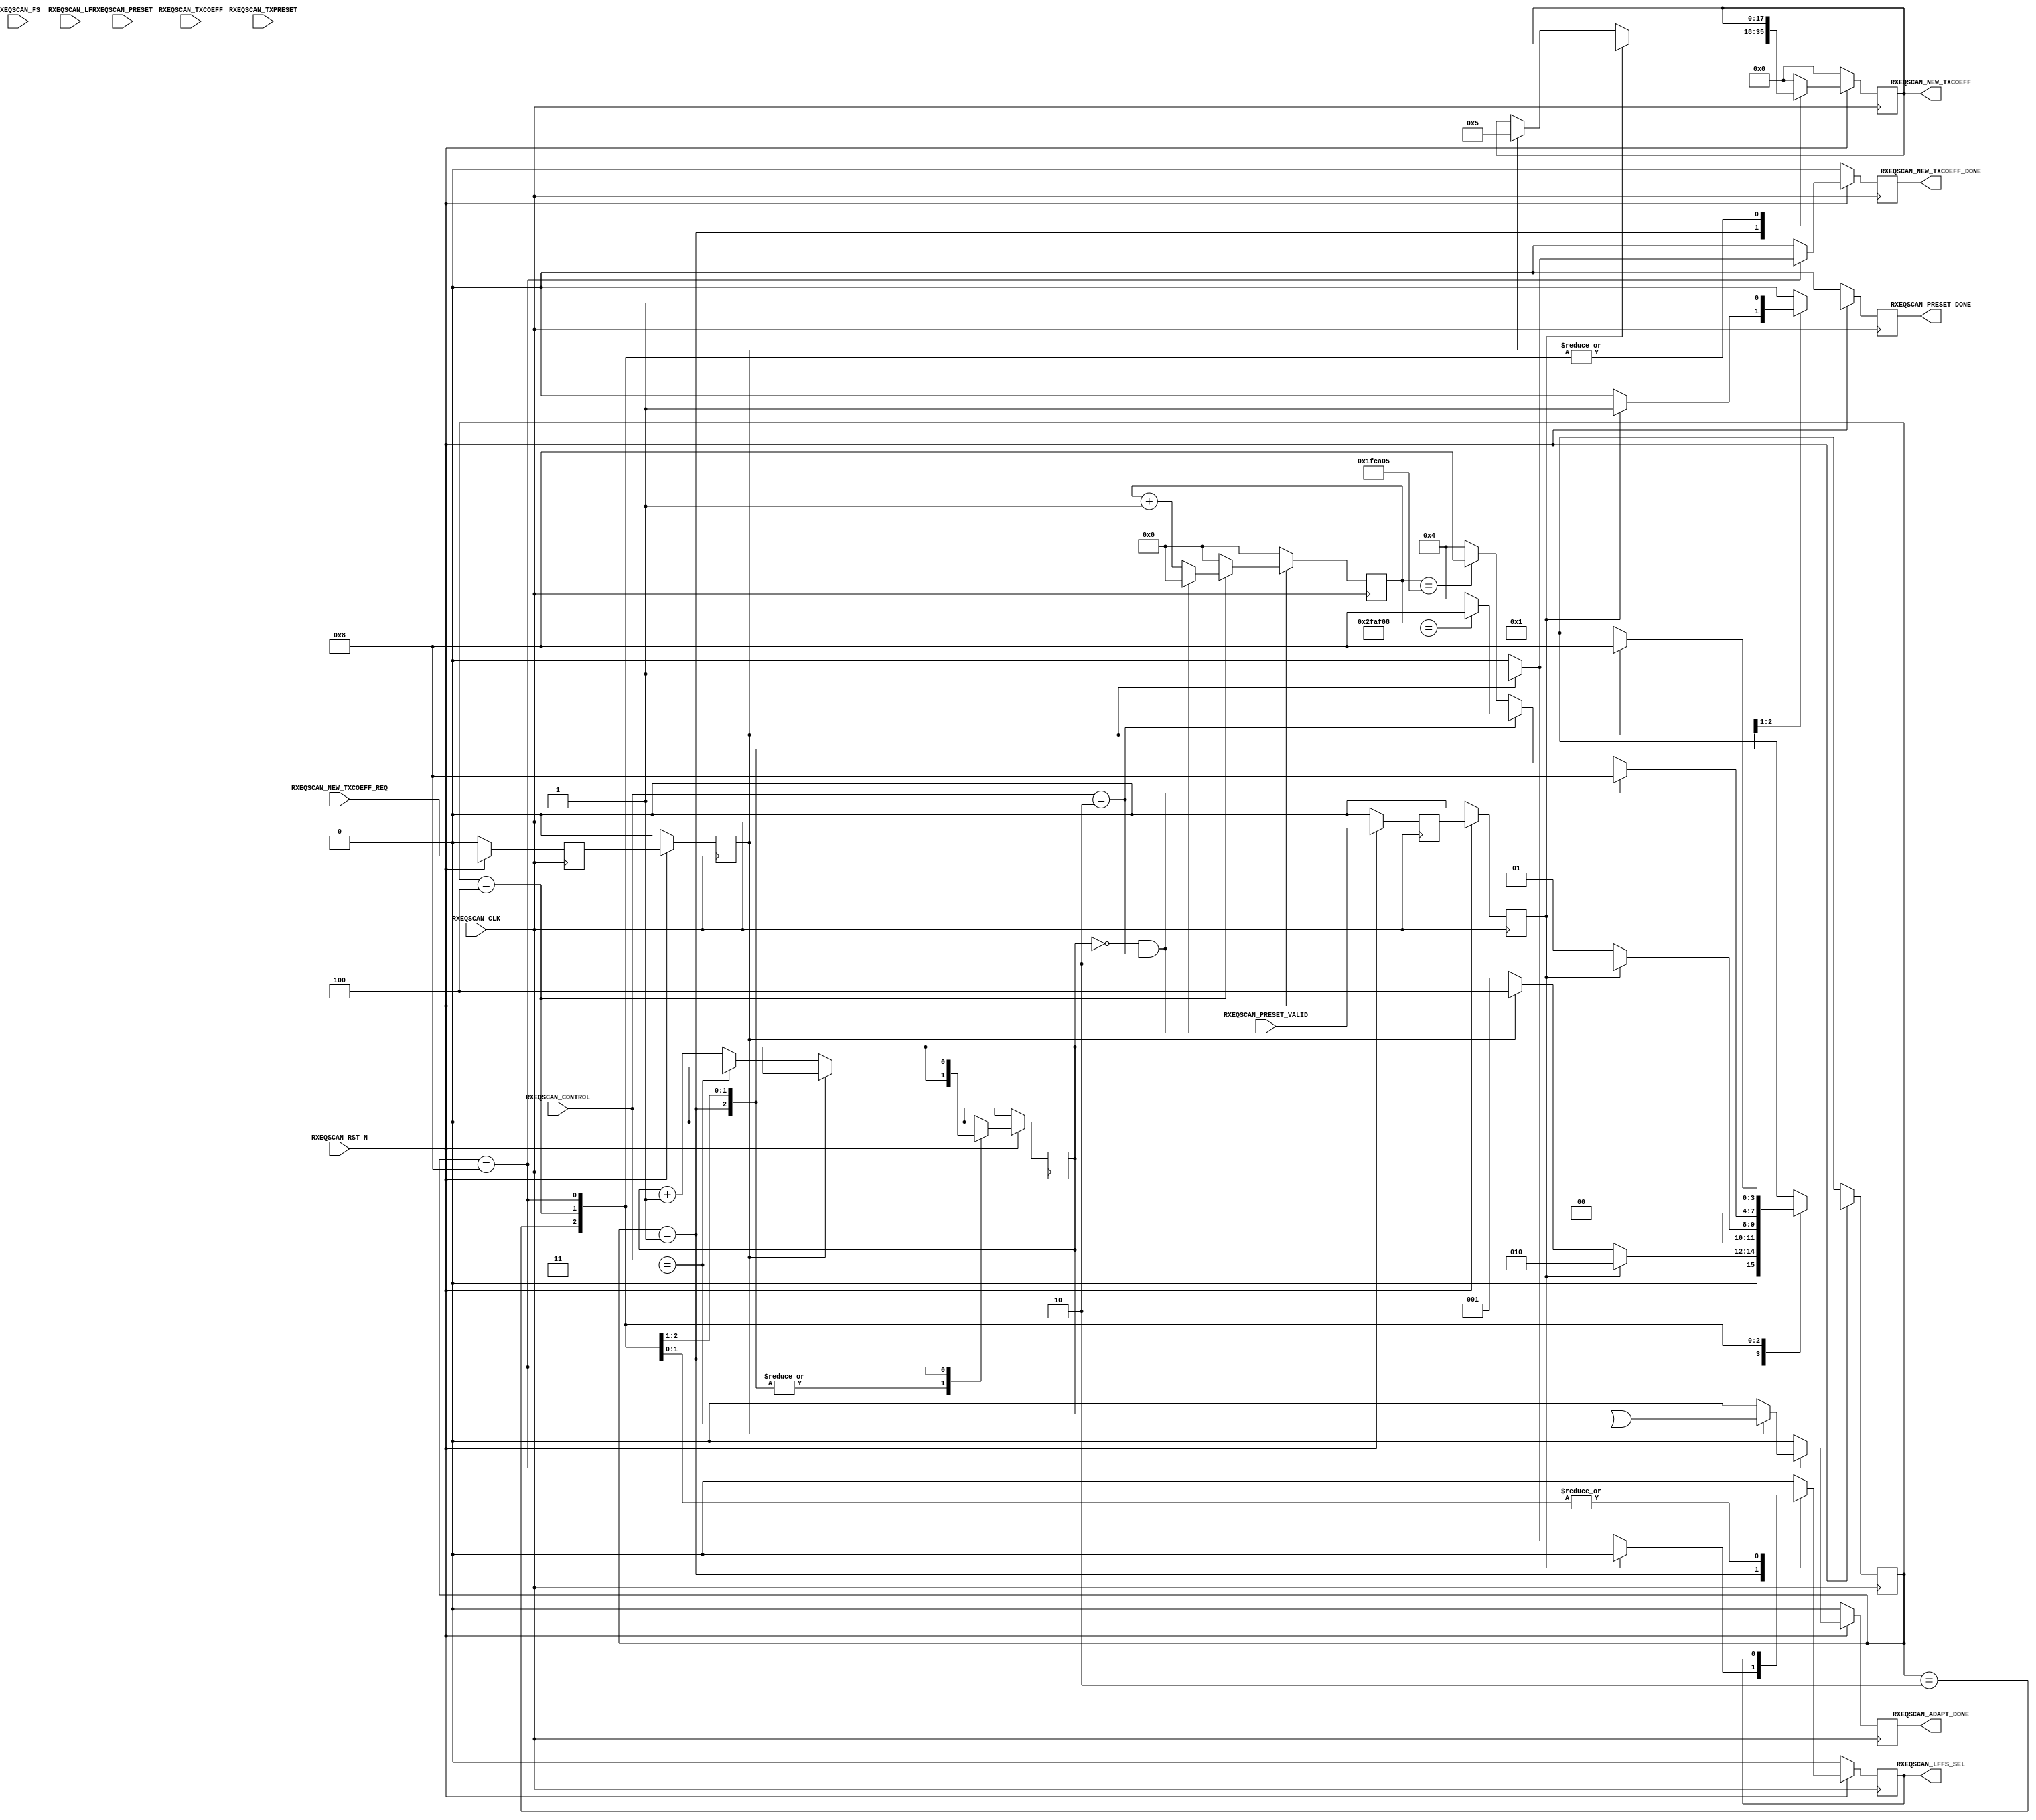
module PCIEBus_rxeq_scan #
(
    parameter PCIE_SIM_MODE       = "FALSE",                // PCIe sim mode
    parameter PCIE_GT_DEVICE      = "GTX",                  // PCIe GT device
    parameter PCIE_RXEQ_MODE_GEN3 = 1,                      // PCIe RX equalization mode
    parameter CONVERGE_MAX        = 22'd3125000,            // Convergence max count (12ms)
    parameter CONVERGE_MAX_BYPASS = 22'd2083333             // Convergence max count for phase2/3 bypass mode (8ms)
)
(
    input               RXEQSCAN_CLK,
    input               RXEQSCAN_RST_N,
    input       [ 1:0]  RXEQSCAN_CONTROL,
    input       [ 2:0]  RXEQSCAN_PRESET,
    input               RXEQSCAN_PRESET_VALID,
    input       [ 3:0]  RXEQSCAN_TXPRESET,
    input       [17:0]  RXEQSCAN_TXCOEFF,
    input               RXEQSCAN_NEW_TXCOEFF_REQ,
    input       [ 5:0]  RXEQSCAN_FS,
    input       [ 5:0]  RXEQSCAN_LF,
    output              RXEQSCAN_PRESET_DONE,
    output      [17:0]  RXEQSCAN_NEW_TXCOEFF,
    output              RXEQSCAN_NEW_TXCOEFF_DONE,
    output              RXEQSCAN_LFFS_SEL,
    output              RXEQSCAN_ADAPT_DONE
);
(* ASYNC_REG = "TRUE", SHIFT_EXTRACT = "NO" *)    reg         [ 2:0]  preset_reg1;
(* ASYNC_REG = "TRUE", SHIFT_EXTRACT = "NO" *)    reg                 preset_valid_reg1;
(* ASYNC_REG = "TRUE", SHIFT_EXTRACT = "NO" *)    reg         [ 3:0]  txpreset_reg1;
(* ASYNC_REG = "TRUE", SHIFT_EXTRACT = "NO" *)    reg         [17:0]  txcoeff_reg1;
(* ASYNC_REG = "TRUE", SHIFT_EXTRACT = "NO" *)    reg                 new_txcoeff_req_reg1;
(* ASYNC_REG = "TRUE", SHIFT_EXTRACT = "NO" *)    reg         [ 5:0]  fs_reg1;
(* ASYNC_REG = "TRUE", SHIFT_EXTRACT = "NO" *)    reg         [ 5:0]  lf_reg1;
(* ASYNC_REG = "TRUE", SHIFT_EXTRACT = "NO" *)    reg         [ 2:0]  preset_reg2;
(* ASYNC_REG = "TRUE", SHIFT_EXTRACT = "NO" *)    reg                 preset_valid_reg2;
(* ASYNC_REG = "TRUE", SHIFT_EXTRACT = "NO" *)    reg         [ 3:0]  txpreset_reg2;
(* ASYNC_REG = "TRUE", SHIFT_EXTRACT = "NO" *)    reg         [17:0]  txcoeff_reg2;
(* ASYNC_REG = "TRUE", SHIFT_EXTRACT = "NO" *)    reg                 new_txcoeff_req_reg2;
(* ASYNC_REG = "TRUE", SHIFT_EXTRACT = "NO" *)    reg         [ 5:0]  fs_reg2;
(* ASYNC_REG = "TRUE", SHIFT_EXTRACT = "NO" *)    reg         [ 5:0]  lf_reg2;
    reg                 adapt_done_cnt = 1'd0;
    reg                 preset_done      =  1'd0;
    reg         [21:0]  converge_cnt     = 22'd0;
    reg         [17:0]  new_txcoeff      = 18'd0;
    reg                 new_txcoeff_done =  1'd0;
    reg                 lffs_sel         =  1'd0;
    reg                 adapt_done       =  1'd0;
    reg         [ 3:0]  fsm              =  4'd0;
    localparam          FSM_IDLE            = 4'b0001;
    localparam          FSM_PRESET          = 4'b0010;
    localparam          FSM_CONVERGE        = 4'b0100;
    localparam          FSM_NEW_TXCOEFF_REQ = 4'b1000;
    //  Gen3:  32 bits / PCLK : 1 million bits / X PCLK
    //         X =
    localparam converge_max_cnt        = (PCIE_SIM_MODE == "TRUE") ? 22'd1000 : CONVERGE_MAX;
    localparam converge_max_bypass_cnt = (PCIE_SIM_MODE == "TRUE") ? 22'd1000 : CONVERGE_MAX_BYPASS;
always @ (posedge RXEQSCAN_CLK)
begin
    if (!RXEQSCAN_RST_N)
        begin
        preset_reg1          <=  3'd0;
        preset_valid_reg1    <=  1'd0;
        txpreset_reg1        <=  4'd0;
        txcoeff_reg1         <= 18'd0;
        new_txcoeff_req_reg1 <=  1'd0;
        fs_reg1              <=  6'd0;
        lf_reg1              <=  6'd0;
        preset_reg2          <=  3'd0;
        preset_valid_reg2    <=  1'd0;
        txpreset_reg2        <=  4'd0;
        txcoeff_reg2         <= 18'd0;
        new_txcoeff_req_reg2 <=  1'd0;
        fs_reg2              <=  6'd0;
        lf_reg2              <=  6'd0;
        end
    else
        begin
        preset_reg1          <= RXEQSCAN_PRESET;
        preset_valid_reg1    <= RXEQSCAN_PRESET_VALID;
        txpreset_reg1        <= RXEQSCAN_TXPRESET;
        txcoeff_reg1         <= RXEQSCAN_TXCOEFF;
        new_txcoeff_req_reg1 <= RXEQSCAN_NEW_TXCOEFF_REQ;
        fs_reg1              <= RXEQSCAN_FS;
        lf_reg1              <= RXEQSCAN_LF;
        preset_reg2          <= preset_reg1;
        preset_valid_reg2    <= preset_valid_reg1;
        txpreset_reg2        <= txpreset_reg1;
        txcoeff_reg2         <= txcoeff_reg1;
        new_txcoeff_req_reg2 <= new_txcoeff_req_reg1;
        fs_reg2              <= fs_reg1;
        lf_reg2              <= lf_reg1;
        end
end
always @ (posedge RXEQSCAN_CLK)
begin
    if (!RXEQSCAN_RST_N)
        begin
        fsm              <=  FSM_IDLE;
        preset_done      <=  1'd0;
        converge_cnt     <= 22'd0;
        new_txcoeff      <= 18'd0;
        new_txcoeff_done <=  1'd0;
        lffs_sel         <=  1'd0;
        adapt_done       <=  1'd0;
        adapt_done_cnt   <=  1'd0;
        end
    else
        begin
        case (fsm)
        FSM_IDLE :
            begin
            if (preset_valid_reg2)
                begin
                fsm              <=  FSM_PRESET;
                preset_done      <=  1'd1;
                converge_cnt     <= 22'd0;
                new_txcoeff      <=  new_txcoeff;
                new_txcoeff_done <=  1'd0;
                lffs_sel         <=  1'd0;
                adapt_done       <=  1'd0;
                adapt_done_cnt   <=  adapt_done_cnt;
                end
            else if (new_txcoeff_req_reg2)
                begin
                fsm              <=  FSM_CONVERGE;
                preset_done      <=  1'd0;
                converge_cnt     <= 22'd0;
              //new_txcoeff      <= (PCIE_RXEQ_MODE_GEN3 == 0) ? txcoeff_reg2 : 18'd4;  // Default
                new_txcoeff      <= (PCIE_RXEQ_MODE_GEN3 == 0) ? txcoeff_reg2 : (PCIE_GT_DEVICE == "GTX") ? 18'd5 : 18'd4;  // Optimized for Gen3 RX JTOL
                new_txcoeff_done <=  1'd0;
                lffs_sel         <= (PCIE_RXEQ_MODE_GEN3 == 0) ? 1'd0 : 1'd1;
                adapt_done       <=  1'd0;
                adapt_done_cnt   <=  adapt_done_cnt;
                end
            else
                begin
                fsm              <=  FSM_IDLE;
                preset_done      <=  1'd0;
                converge_cnt     <= 22'd0;
                new_txcoeff      <=  new_txcoeff;
                new_txcoeff_done <=  1'd0;
                lffs_sel         <=  1'd0;
                adapt_done       <=  1'd0;
                adapt_done_cnt   <=  adapt_done_cnt;
                end
            end
        FSM_PRESET :
            begin
            fsm              <= (!preset_valid_reg2) ? FSM_IDLE : FSM_PRESET;
            preset_done      <=  1'd1;
            converge_cnt     <= 22'd0;
            new_txcoeff      <=  new_txcoeff;
            new_txcoeff_done <=  1'd0;
            lffs_sel         <=  1'd0;
            adapt_done       <=  1'd0;
            adapt_done_cnt   <=  adapt_done_cnt;
            end
        FSM_CONVERGE :
            begin
            if ((adapt_done_cnt == 1'd0) && (RXEQSCAN_CONTROL == 2'd2))
                begin
                fsm              <= FSM_NEW_TXCOEFF_REQ;
                preset_done      <=  1'd0;
                converge_cnt     <= 22'd0;
                new_txcoeff      <= new_txcoeff;
                new_txcoeff_done <= 1'd0;
                lffs_sel         <= lffs_sel;
                adapt_done       <= 1'd0;
                adapt_done_cnt   <= adapt_done_cnt;
                end
            else
                begin
                if (RXEQSCAN_CONTROL == 2'd2)
                    fsm <= (converge_cnt == converge_max_cnt)        ? FSM_NEW_TXCOEFF_REQ : FSM_CONVERGE;
                else
                    fsm <= (converge_cnt == converge_max_bypass_cnt) ? FSM_NEW_TXCOEFF_REQ : FSM_CONVERGE;
                preset_done      <= 1'd0;
                converge_cnt     <= converge_cnt + 1'd1;
                new_txcoeff      <= new_txcoeff;
                new_txcoeff_done <= 1'd0;
                lffs_sel         <= lffs_sel;
                adapt_done       <= 1'd0;
                adapt_done_cnt   <= adapt_done_cnt;
                end
            end
        FSM_NEW_TXCOEFF_REQ :
            begin
            if (!new_txcoeff_req_reg2)
                begin
                fsm              <= FSM_IDLE;
                preset_done      <=  1'd0;
                converge_cnt     <= 22'd0;
                new_txcoeff      <= new_txcoeff;
                new_txcoeff_done <= 1'd0;
                lffs_sel         <= lffs_sel;
                adapt_done       <= 1'd0;
                adapt_done_cnt   <= (RXEQSCAN_CONTROL == 2'd3) ? 1'd0 : adapt_done_cnt + 1'd1;
                end
            else
                begin
                fsm              <= FSM_NEW_TXCOEFF_REQ;
                preset_done      <=  1'd0;
                converge_cnt     <= 22'd0;
                new_txcoeff      <= new_txcoeff;
                new_txcoeff_done <= 1'd1;
                lffs_sel         <= lffs_sel;
                adapt_done       <= (adapt_done_cnt == 1'd1) || (RXEQSCAN_CONTROL == 2'd3);
                adapt_done_cnt   <= adapt_done_cnt;
                end
            end
        default :
            begin
            fsm              <=  FSM_IDLE;
            preset_done      <=  1'd0;
            converge_cnt     <= 22'd0;
            new_txcoeff      <= 18'd0;
            new_txcoeff_done <=  1'd0;
            lffs_sel         <=  1'd0;
            adapt_done       <=  1'd0;
            adapt_done_cnt   <=  1'd0;
            end
        endcase
        end
end
assign RXEQSCAN_PRESET_DONE      = preset_done;
assign RXEQSCAN_NEW_TXCOEFF      = new_txcoeff;
assign RXEQSCAN_NEW_TXCOEFF_DONE = new_txcoeff_done;
assign RXEQSCAN_LFFS_SEL         = lffs_sel;
assign RXEQSCAN_ADAPT_DONE       = adapt_done;
endmodule